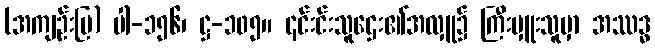
(အကျဉ်းပြ) ပါ-၁၅၆၊ ဋ္ဌ-၁၀၅။ ၎င်းင်းသူဌေး၏အလှူ၌ ကြီးမှူးသူမှာ အဿဒ္ဓ